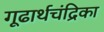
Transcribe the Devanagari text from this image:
गूढार्थचंद्रिका